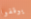
يوقفوا